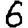
Digit: 6